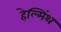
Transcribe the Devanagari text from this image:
हेल्मिंथ